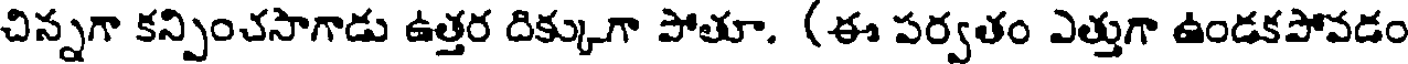
చిన్నగా కన్పించసాగాడు ఉత్తర దిక్కుగా పోతూ. (ఈ పర్వతం ఎత్తుగా ఉండకపోవడం